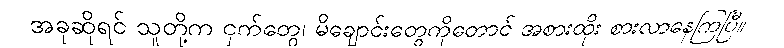
အခုဆိုရင် သူတို့က ငှက်တွေ၊ မိချောင်းတွေကိုတောင် အစားထိုး စားလာနေကြပြီ။